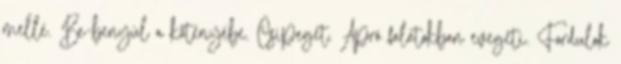
mellé. Be-benyúl a kötényébe. Csipeget. Apró falatokban evegeti. Fordulok